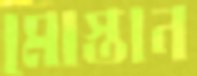
মোস্তান